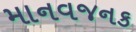
માનવજનક